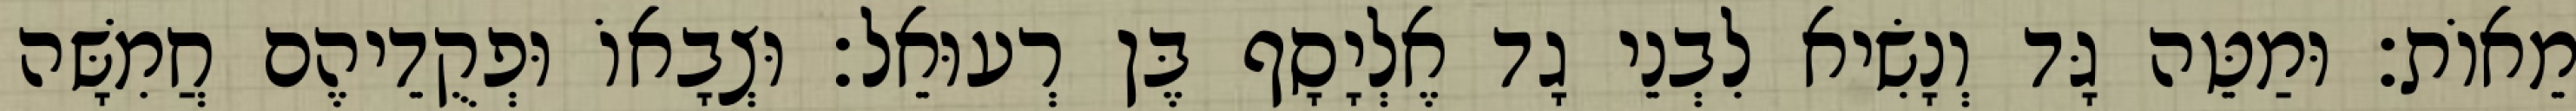
מֵאוֹת׃ וּמַטֵּה גָּד וְנָשִׂיא לִבְנֵי גָד אֶלְיָסָף בֶּן רְעוּאֵל׃ וּצְבָאוֹ וּפְקֻדֵיהֶם חֲמִשָּׁה